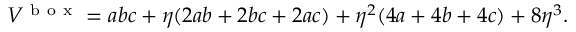
V ^ { \mathrm { ~ b ~ o ~ x ~ } } = a b c + \eta ( 2 a b + 2 b c + 2 a c ) + \eta ^ { 2 } ( 4 a + 4 b + 4 c ) + 8 \eta ^ { 3 } .